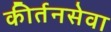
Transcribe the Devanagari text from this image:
कीर्तनसेवा